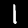
Digit: 1